Civil Veterinary Department Bihar & Orissa reports 1922-29 - 1922-1929
Year: 1922
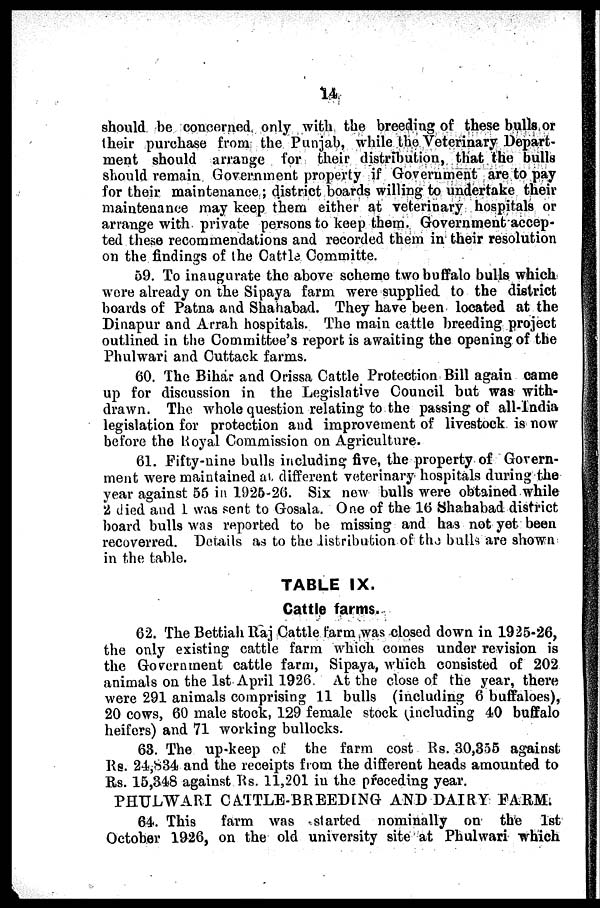
14
should be concerned only with the breeding of these bulls or
their purchase from the Punjab, while the Veterinary Depart-
ment should arrange for their distribution, that the bulls
should remain Government property if Government are to pay
for their maintenance ; district boards willing to undertake their
maintenance may keep them either at veterinary hospitals or
arrange with private persons to keep them. Government accep-
ted these recommendations and recorded them in their resolution
on the findings of the Cattle Committe.
69. To inaugurate the above scheme two buffalo bulls which
were already on the Sipaya farm were supplied to the district
boards of Patna and Shahabad. They have been located at the
Dinapur and Arrah hospitals. The main cattle breeding project
outlined in the Committee's report is awaiting the opening of the
Phulwari and Cuttack farms.
60. The Bihar and Orissa Cattle Protection Bill again came
up for discussion in the Legislative Council but was with-
drawn. The whole question relating to the passing of all-India
legislation for protection and improvement of livestock is now
before the Royal Commission on Agriculture.
61. Fifty-nine bulls including five, the property of Govern-
ment were maintained as different veterinary hospitals during the
year against 55 in 1925-26. Six new bulls were obtained while
2 died and I was sent to Gosala. One of the 16 Shahabad district
board bulls was reported to be missing and has not yet been
recoverred. Details as to the distribution of the bulls are shown
in the table.
TABLE IX.
Cattle farms.
62. The Bettiah Raj Cattle farm was closed down in 1925-26,
the only existing cattle farm which comes under revision is
the Government cattle farm, Sipaya, which consisted of 202
animals on the 1st April 1926. At the close of the year, there
were 291 animals comprising 11 bulls (including 6 buffaloes),
20 cows, 60 male stock, 129 female stock (including 40 buffalo
heifers) and 71 working bullocks.
63. The up-keep of the farm cost Rs. 30,355 against
Rs. 24,834 and the receipts from the different heads amounted to
Rs. 15,348 against Rs. 11,201 in the preceding year.
PHULWARI CATTLE-BREEDING AND DAIRY FARM.
64. This
farm was started nominally on the 1st
October 1926, on the old university site at Phulwari which